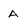
Character: A